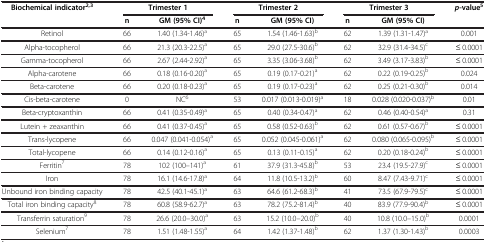
<table><thead><tr><td rowspan="2"><b>Biochemical indicator<sup>2,3</sup></b></td><td colspan="2"><b>Trimester 1</b></td><td colspan="2"><b>Trimester 2</b></td><td colspan="2"><b>Trimester 3</b></td><td rowspan="2"><b><i>p</i>-value<sup>5</sup></b></td></tr><tr><td><b>n</b></td><td><b>GM (95% CI)<sup>4</sup></b></td><td><b>n</b></td><td><b>GM (95% CI)</b></td><td><b>n</b></td><td><b>GM (95% CI)</b></td></tr></thead><tbody><tr><td>Retinol</td><td>66</td><td>1.40 (1.34-1.46)<sup>a</sup></td><td>65</td><td>1.54 (1.46-1.63)<sup>b</sup></td><td>62</td><td>1.39 (1.31-1.47)<sup>a</sup></td><td>0.001</td></tr><tr><td>Alpha-tocopherol</td><td>66</td><td>21.3 (20.3-22.5)<sup>a</sup></td><td>65</td><td>29.0 (27.5-30.6)<sup>b</sup></td><td>62</td><td>32.9 (31.4-34.5)<sup>c</sup></td><td>≤ 0.0001</td></tr><tr><td>Gamma-tocopherol</td><td>66</td><td>2.67 (2.44-2.92)<sup>a</sup></td><td>65</td><td>3.35 (3.06-3.68)<sup>b</sup></td><td>62</td><td>3.49 (3.17-3.83)<sup>b</sup></td><td>≤ 0.0001</td></tr><tr><td>Alpha-carotene</td><td>66</td><td>0.18 (0.16-0.20)<sup>a</sup></td><td>65</td><td>0.19 (0.17-0.21)<sup>a</sup></td><td>62</td><td>0.22 (0.19-0.25)<sup>b</sup></td><td>0.024</td></tr><tr><td>Beta-carotene</td><td>66</td><td>0.20 (0.18-0.23)<sup>a</sup></td><td>65</td><td>0.19 (0.17-0.23)<sup>a</sup></td><td>62</td><td>0.25 (0.21-0.30)<sup>b</sup></td><td>0.014</td></tr><tr><td>Cis-beta-carotene</td><td>0</td><td>NC<sup>6</sup></td><td>53</td><td>0.017 (0.013-0.019)<sup>a</sup></td><td>18</td><td>0.028 (0.020-0.037)<sup>b</sup></td><td>0.01</td></tr><tr><td>Beta-cryptoxanthin</td><td>66</td><td>0.41 (0.35-0.49)<sup>a</sup></td><td>65</td><td>0.40 (0.34-0.47)<sup>a</sup></td><td>62</td><td>0.46 (0.40-0.54)<sup>a</sup></td><td>0.31</td></tr><tr><td>Lutein + zeaxanthin</td><td>66</td><td>0.41 (0.37-0.45)<sup>a</sup></td><td>65</td><td>0.58 (0.52-0.63)<sup>b</sup></td><td>62</td><td>0.61 (0.57-0.67)<sup>b</sup></td><td>≤ 0.0001</td></tr><tr><td>Trans-lycopene</td><td>66</td><td>0.047 (0.041-0.054)<sup>a</sup></td><td>65</td><td>0.052 (0.045-0.061)<sup>a</sup></td><td>62</td><td>0.080 (0.065-0.095)<sup>b</sup></td><td>≤ 0.0001</td></tr><tr><td>Total-lycopene</td><td>66</td><td>0.14 (0.12-0.16)<sup>a</sup></td><td>65</td><td>0.13 (0.11-0.15)<sup>a</sup></td><td>62</td><td>0.20 (0.18-0.24)<sup>b</sup></td><td>≤ 0.0001</td></tr><tr><td>Ferritin<sup>7</sup></td><td>78</td><td>102 (100–141)<sup>a</sup></td><td>61</td><td>37.9 (31.3-45.8)<sup>b</sup></td><td>53</td><td>23.4 (19.5-27.9)<sup>c</sup></td><td>≤ 0.0001</td></tr><tr><td>Iron</td><td>78</td><td>16.1 (14.6-17.8)<sup>a</sup></td><td>64</td><td>11.8 (10.5-13.2)<sup>b</sup></td><td>60</td><td>8.47 (7.43-9.71)<sup>c</sup></td><td>≤ 0.0001</td></tr><tr><td>Unbound iron binding capacity</td><td>78</td><td>42.5 (40.1-45.1)<sup>a</sup></td><td>63</td><td>64.6 (61.2-68.3)<sup>b</sup></td><td>41</td><td>73.5 (67.9-79.5)<sup>c</sup></td><td>≤ 0.0001</td></tr><tr><td>Total iron binding capacity<sup>8</sup></td><td>78</td><td>60.8 (58.9-62.7)<sup>a</sup></td><td>63</td><td>78.2 (75.2-81.4)<sup>b</sup></td><td>40</td><td>83.9 (77.9-90.4)<sup>b</sup></td><td>≤ 0.0001</td></tr><tr><td>Transferrin saturation<sup>9</sup></td><td>78</td><td>26.6 (20.0–30.0)<sup>a</sup></td><td>63</td><td>15.2 (10.0–20.0)<sup>b</sup></td><td>40</td><td>10.8 (10.0–15.0)<sup>b</sup></td><td>0.0001</td></tr><tr><td>Selenium<sup>7</sup></td><td>78</td><td>1.51 (1.48-1.55)<sup>a</sup></td><td>64</td><td>1.42 (1.37-1.48)<sup>b</sup></td><td>62</td><td>1.37 (1.30-1.43)<sup>b</sup></td><td>0.0003</td></tr></tbody></table>